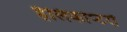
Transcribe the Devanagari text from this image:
हैलिकोप्‍टरों